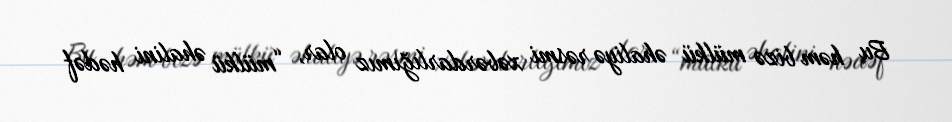
Bu həm bizə mülkü əhaliyə rəsmi xəbərdarlığımız olar, “mülkü əhalini hədəf